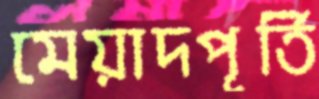
মেয়াদপূর্তি